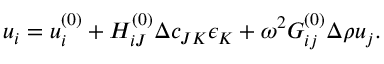
u _ { i } = u _ { i } ^ { ( 0 ) } + H _ { i J } ^ { ( 0 ) } \Delta c _ { J K } \epsilon _ { K } + \omega ^ { 2 } G _ { i j } ^ { ( 0 ) } \Delta \rho u _ { j } .